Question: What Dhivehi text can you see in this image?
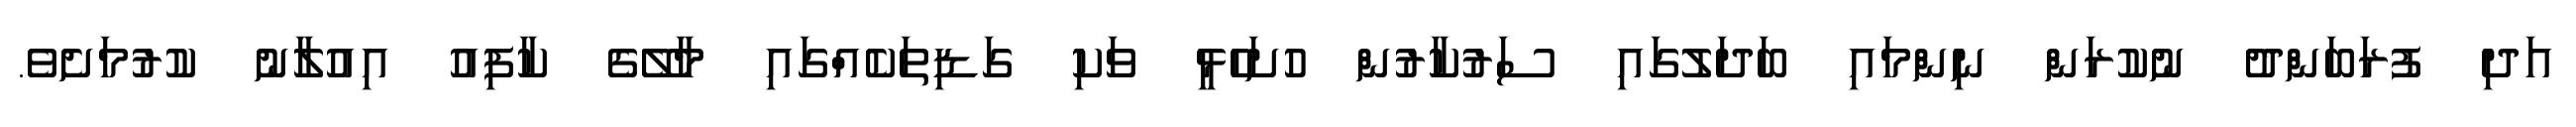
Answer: އަދި ފުރަބަންދު ނުކުރަން ނިންމައި ބަދަލުގައި ސަރުކާރުން ހުށަހެޅީ ވަކި ގަޑިތަކެއްގައި މާލޭގެ ކާފިއު އިއުލާނު ކުރުމަށެވެ.